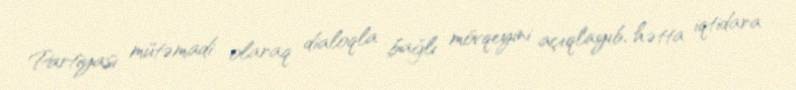
Partiyası mütəmadi olaraq dialoqla bağlı mövqeyini açıqlayıb, hətta iqtidara